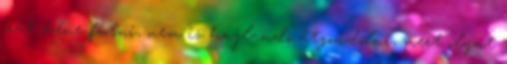
órát kéne futni, nem is hajlandó átgondolni, mert olyat